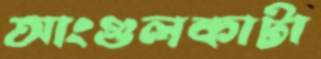
আংগুলকাটা